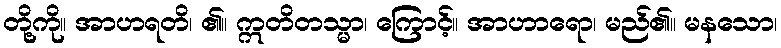
တို့ကို။ အာဟရတိ၊ ၏။ ဣတိတသ္မာ၊ ကြောင့်။ အာဟာရော၊ မည်၏။ မနသော၊